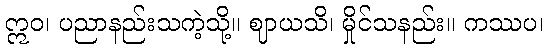
ဣဝ၊ ပညာနည်းသကဲ့သို့။ ဈာယသိ၊ မှိုင်သနည်း။ ကဿပ၊